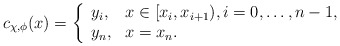
\begin{align*}c_{\chi, \phi}(x)= \left \{ \begin{array}{ll}y_i, & x \in [x_i,x_{i+1}), i=0,\ldots,n-1,\, \\y_n, & x=x_n.\end{array}\right.\end{align*}